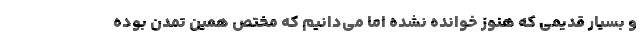
و بسیار قدیمی که هنوز خوانده نشده اما می‌دانیم که مختص همین تمدن بوده